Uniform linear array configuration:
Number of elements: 12
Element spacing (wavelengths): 1
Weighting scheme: blackman
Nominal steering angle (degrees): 30
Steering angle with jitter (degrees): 31.271
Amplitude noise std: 0.05
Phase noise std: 0.05

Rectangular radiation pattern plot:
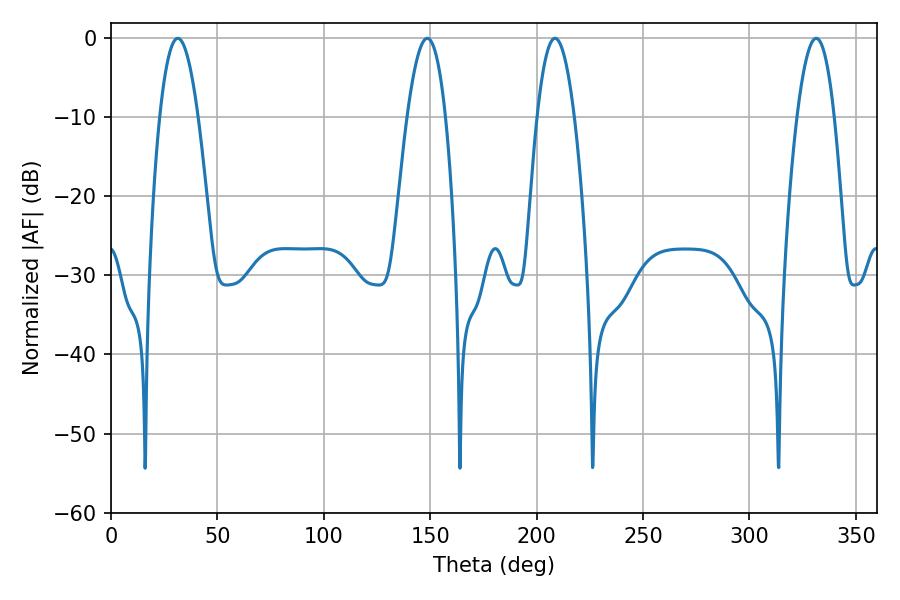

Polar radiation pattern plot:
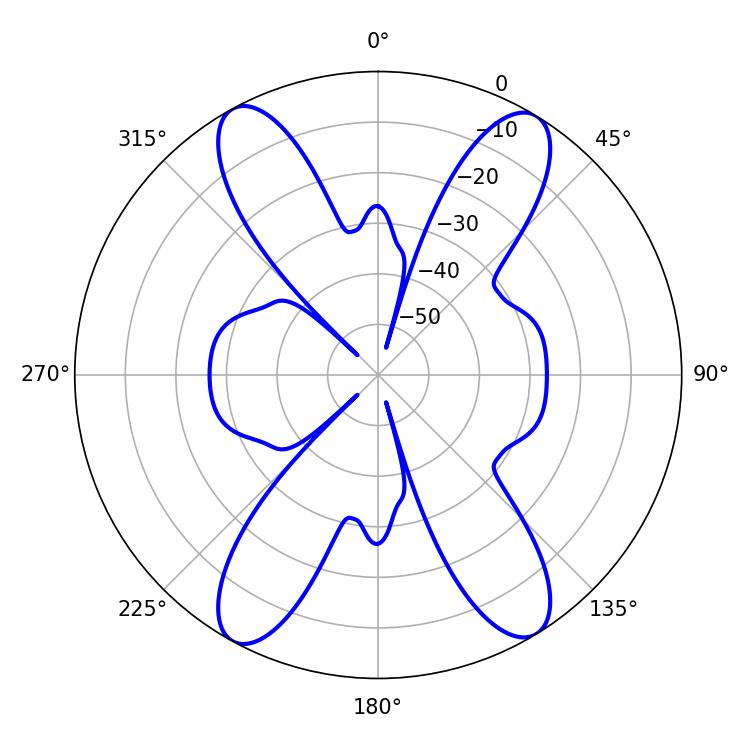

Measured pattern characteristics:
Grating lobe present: TRUE
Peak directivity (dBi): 19.623
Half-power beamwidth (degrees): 9.54
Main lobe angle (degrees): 208.62